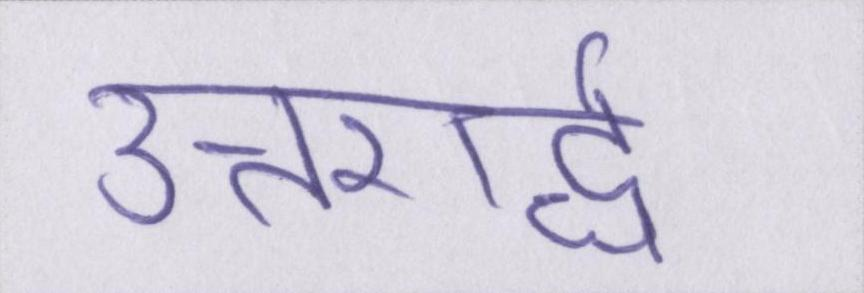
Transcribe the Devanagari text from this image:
उत्तरार्द्ध